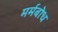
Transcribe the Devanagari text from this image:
मर्मबोध